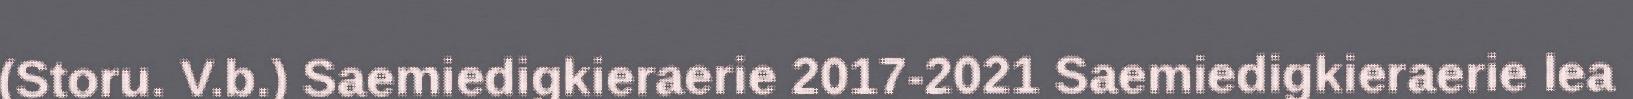
(Storu. V.b.) Saemiedigkieraerie 2017-2021 Saemiedigkieraerie lea